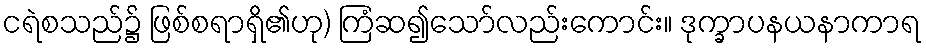
ငရဲစသည်၌ ဖြစ်စရာရှိ၏ဟု) ကြံဆ၍သော်လည်းကောင်း။ ဒုက္ခာပနယနာကာရ